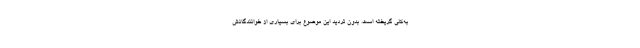
به‌کلی گریخته است. بدون تردید این موضوع برای بسیاری از خوانندگانش